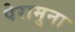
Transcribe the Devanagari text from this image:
पेरामुना